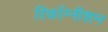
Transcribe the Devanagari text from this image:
रिकॉग्नीशन